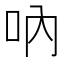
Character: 吶